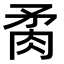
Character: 𦚇